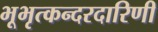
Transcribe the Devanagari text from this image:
भूभृत्कन्दरदारिणी